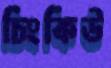
চিংকিউ